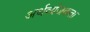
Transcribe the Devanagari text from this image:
अर्थव्यंजकता